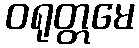
ဝရုတ္တမေ